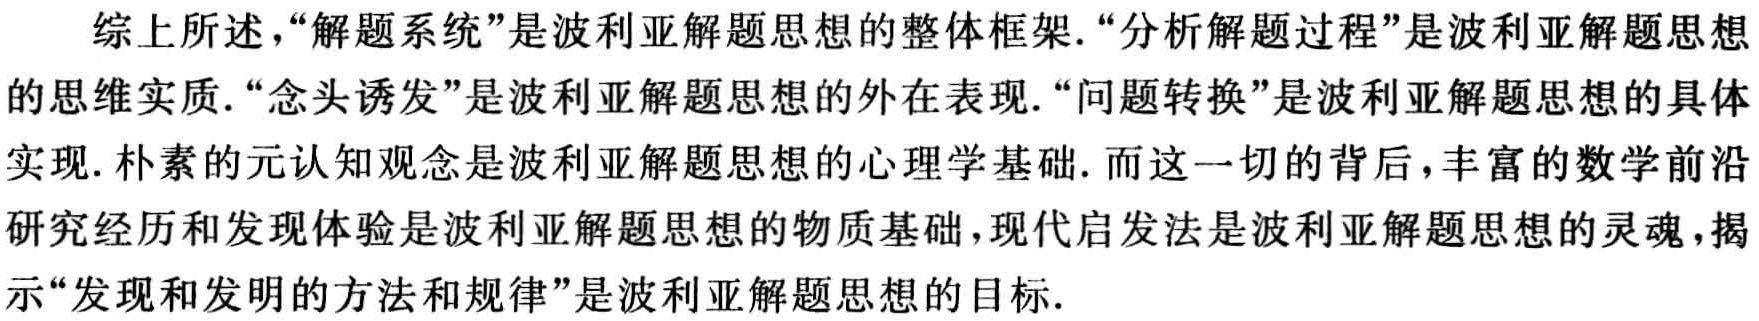
综上所述，“解题系统”是波利亚解题思想的整体框架.“分析解题过程”是波利亚解题思想的思维实质.“念头诱发”是波利亚解题思想的外在表现.“问题转换”是波利亚解题思想的具体实现.朴素的元认知观念是波利亚解题思想的心理学基础. 而这一切的背后，丰富的数学前沿研究经历和发现体验是波利亚解题思想的物质基础，现代启发法是波利亚解题思想的灵魂，揭示“发现和发明的方法和规律”是波利亚解题思想的目标.